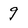
Character: 9